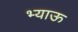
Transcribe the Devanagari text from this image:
भ्याऊ